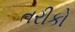
તરીકો